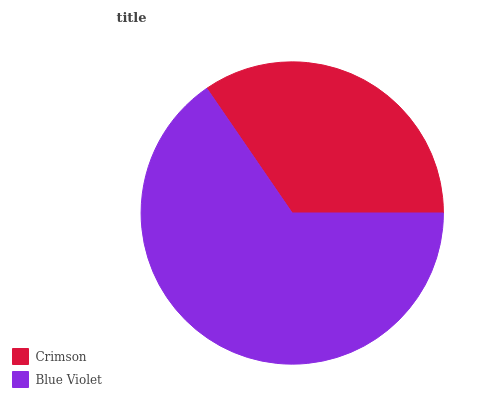
| Crimson | Blue Violet |
 | --- | --- |
 | 34.6% | 65.4% |